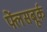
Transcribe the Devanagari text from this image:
फ्लेंसबूर्क